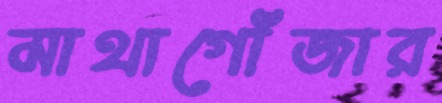
মাথাগোঁজার